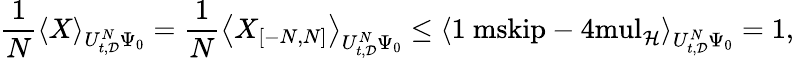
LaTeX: \frac 1N\left\langle X\right\rangle_{U_{t,\mathcal{D}}^{N}\Psi_{0}}=\frac 1N\left\langle X_{[-N,N]}\right\rangle_{U_{t,\mathcal{D}}^{N}\Psi_{0}}\leq\left\langle{\mathchoice{\mathrm{1\ mskip-4mul}}{\mathrm{1\ mskip-4mul}}{\mathrm{1\ mskip-4.5mul}}{\mathrm{1\ mskip-5mul}}}_{\mathcal{H}}\right\rangle_{U_{t,\mathcal{D}}^{N}\Psi_{0}}=1,